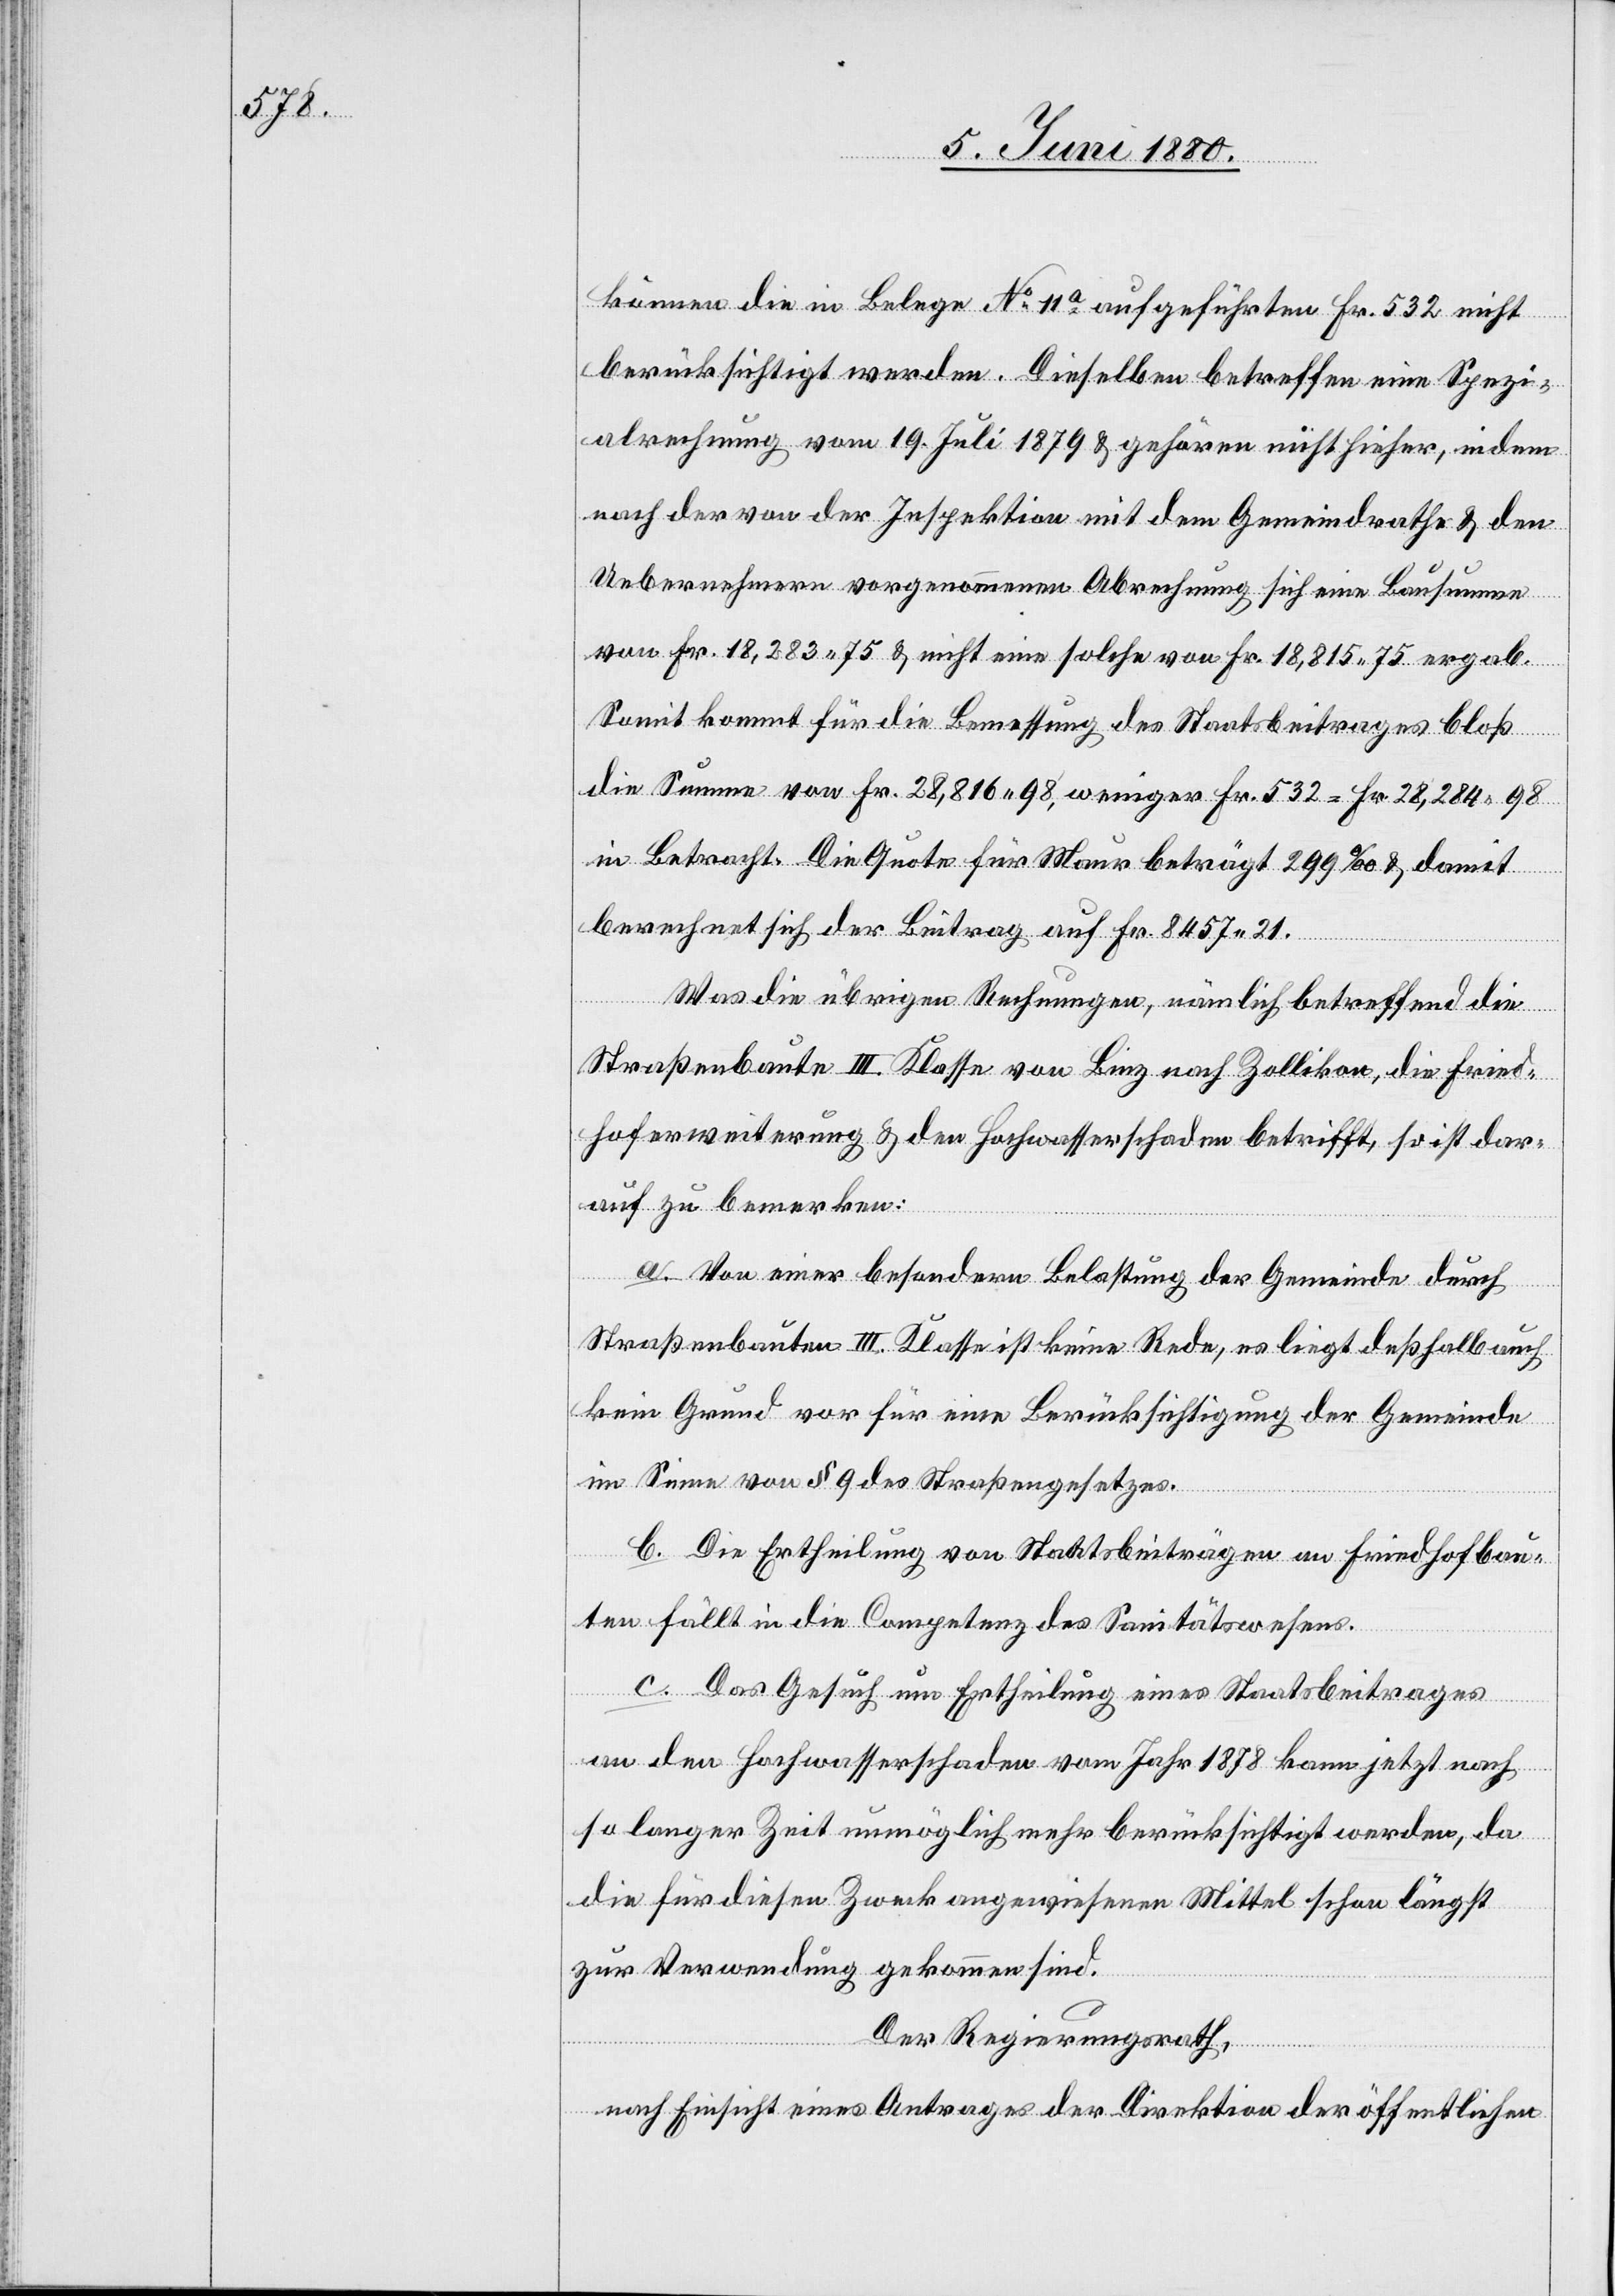
können die im Belege No 11a aufgeführten Fr. 532 nicht
berücksichtigt werden. Dieselben betreffen eine Spezi¬
alrechnung vom 19. Juli 1879 & gehören nicht hieher, indem
nach der von der Inspektion mit dem Gemeindrathe & den
Uebernehmern vorgenommenen Abrechnung sich eine Bausumme
von Fr. 18,283.75 & nicht eine solche von Fr. 18,815 75 ergab.
Somit kommt für die Bemessung des Staatsbeitrages bloß
die Summe von Fr. 28,816 98, weniger Fr. 532 = Fr. 28,284 98
in Betracht. Die Quote für Maur beträgt 299‰ & damit
berechnet sich der Beitrag auf Fr. 8457 21.
Was die übrigen Rechnungen, nämlich betreffend die
Straßenbaute III. Klasse von Binz nach Zollikon, die Fried¬
hoferweiterung & den Hochwasserschaden betrifft, so ist dar¬
auf zu bemerken:
a. Von einer besondern Belastung der Gemeinde durch
Straßenbauten III. Klasse ist keine Rede, es liegt deßhalb auch
kein Grund vor für eine Berücksichtigung der Gemeinde
im Sinne von § 9 des Straßengesetzes.
b. Die Ertheilung von Staatsbeiträgen an Friedhofbau¬
ten fällt in die Competenz des Sanitätsrathes.
c. Das Gesuch um Ertheilung eines Staatsbeitrages
an den Hochwasserschaden vom Jahr 1878 kann jetzt nach
so langer Zeit unmöglich mehr berücksichtigt werden, da
die für diesen Zweck angewiesenen Mittel schon längst
zur Verwendung gekommen sind.
Der Regierungsrath,
nach Einsicht eines Antrages der Direktion der öffentlichen